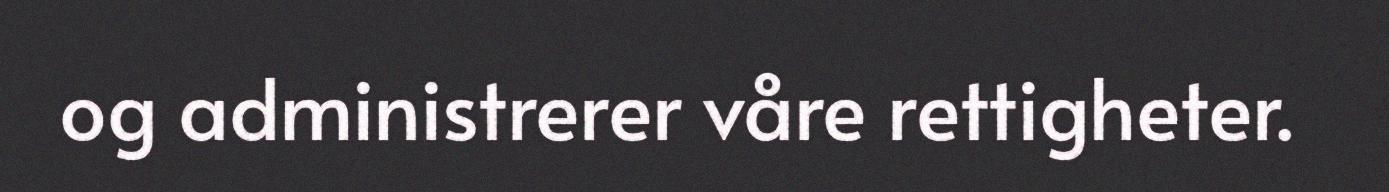
og administrerer våre rettigheter.